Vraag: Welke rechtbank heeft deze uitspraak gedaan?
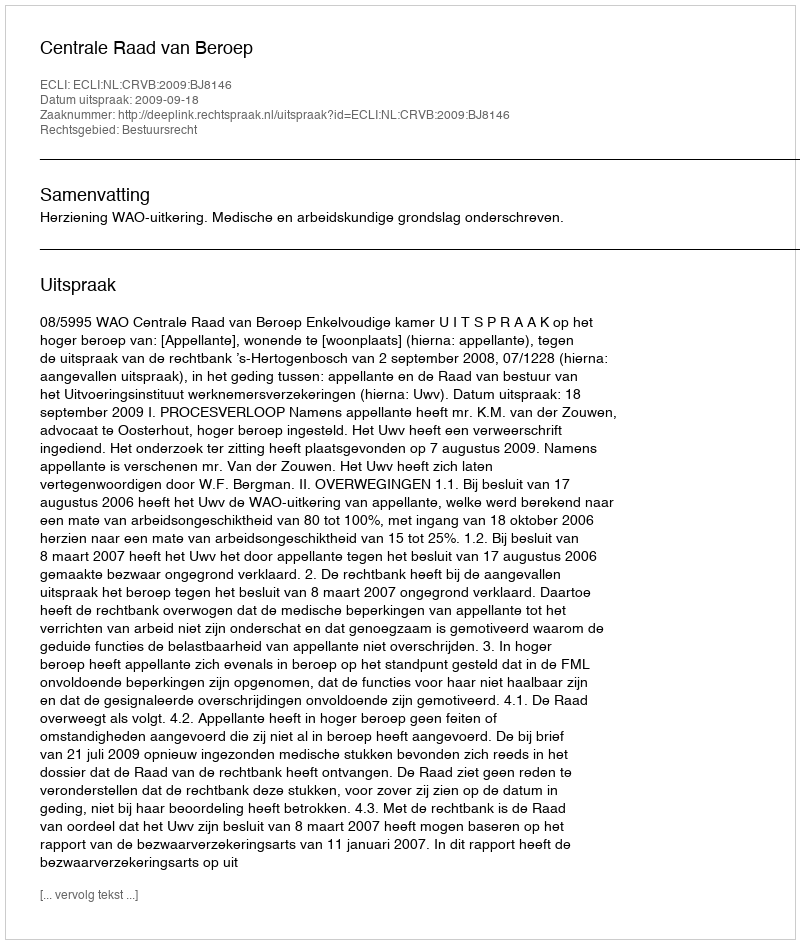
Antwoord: Centrale Raad van Beroep